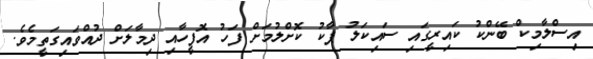
އިސްލާމިކް ބޭންކު ކައިރީގައި ސައިކަލު ޕާކު ކޮށްލުމަށް ފަހު އޮފީހާއި ދިމާލަށް ދުއްވައިގަތީމެވެ.